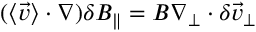
( \langle \vec { v } \rangle \cdot \nabla ) \delta B _ { \| } = B \nabla _ { \perp } \cdot \delta \vec { v } _ { \perp }